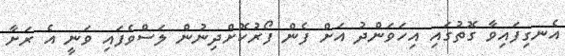
އެނގިފައިވާ ގޮތުގައި އިހަވަންދު އަށް ފެން ފޯރުކޮށްދިނުން ލަސްވެފައި ވަނީ އެ ރަށާ